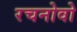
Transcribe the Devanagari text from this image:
रचनोवो